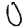
Digit: 0